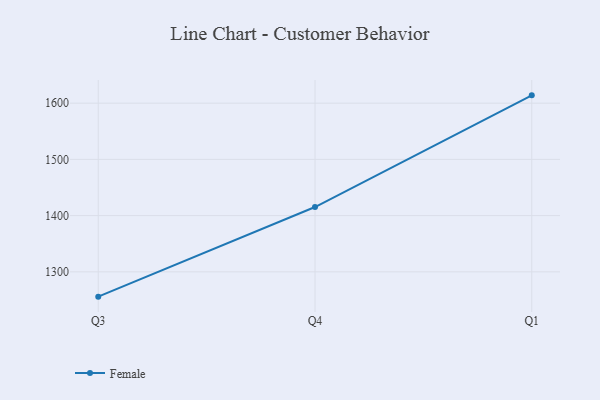
{"axis": {"x": "Quarter", "y": "Active Users"}, "legend": ["Female"], "data": [{"x": "Q3", "y": 1255.9, "type": "Female"}, {"x": "Q4", "y": 1415.3, "type": "Female"}, {"x": "Q1", "y": 1613.9, "type": "Female"}]}